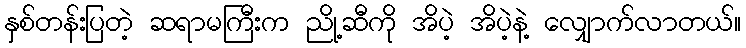
နှစ်တန်းပြတဲ့ ဆရာမကြီးက ညို့ဆီကို အိပဲ့ အိပဲ့နဲ့ လျှောက်လာတယ်။